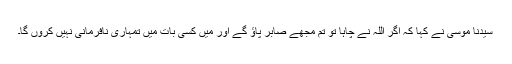
سیدنا موسیٰؑ نے کہا کہ اگر اللہ نے چاہا تو تم مجھے صابر پاؤ گے اور میں کسی بات میں تمہاری نافرمانی نہیں کروں گا۔